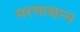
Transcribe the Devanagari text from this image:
मरणाशन्‍न